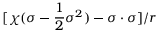
[ \chi ( \sigma - \frac { 1 } { 2 } \sigma ^ { 2 } ) - \sigma \cdot \sigma ] / r